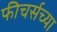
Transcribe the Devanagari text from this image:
फीचर्सच्या